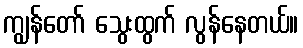
ကျွန်တော် သွေးထွက် လွန်နေတယ်။